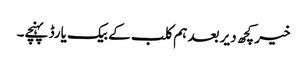
خیر کچھ دیر بعد ہم کلب کے بیک یارڈ پہنچے۔